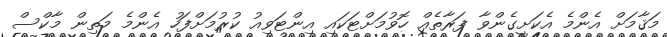
މަޤާމަށް އެންމެ އެކަށީގެންވާ ފަރާތެއް ހޮވުމަށްޓަކައި އިންޓަވިއު ކުރުމަށްފަހު އެންމެ މަތިން މާކްސް